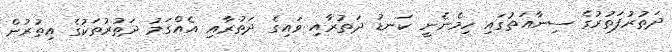
ދަތުރުފަތުރުގެ ސިނާއަތުގައި ހިމެނެނީ ކަނޑު ދަތުރާއި ވައިގެ ދަތުރާއި އެއްގަމު ދަތުރުތަކުގެ އިތުރުން